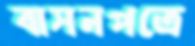
বাসনপত্রে